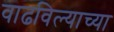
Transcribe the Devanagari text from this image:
वाढविल्याच्या